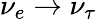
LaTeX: \nu_{e}\to\nu_{\tau}